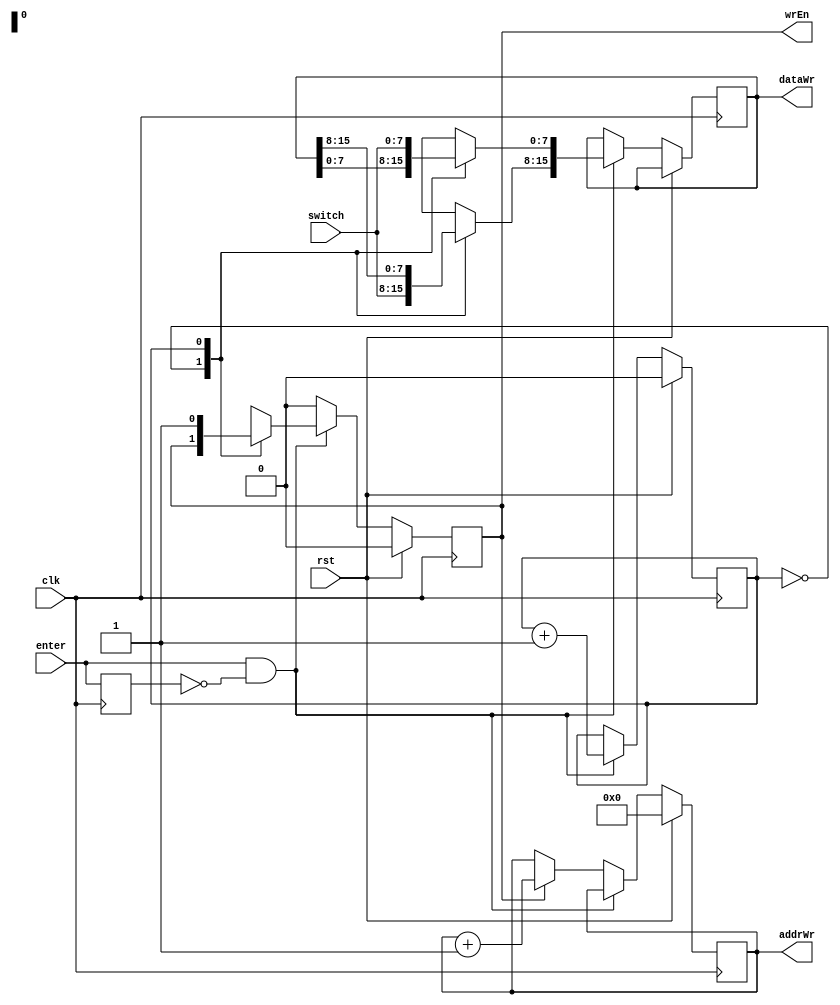
module progLogic(clk, rst, switch, enter, addrWr, dataWr, wrEn);
input clk,rst,enter;
input [7:0] switch;
output reg [7:0] addrWr;
output reg [15:0] dataWr;
output reg wrEn;

reg enterPrev, wrEnNxt;
reg state, stateNxt;
reg [7:0] addrWrNxt;
reg [15:0] dataWrNxt;

assign posEnter = enter && !enterPrev;

always@(posedge clk) begin
	enterPrev <= #1 enter;
	state <= #1 stateNxt;
	dataWr <= #1 dataWrNxt;
	addrWr <= #1 addrWrNxt;
	wrEn <= #1 wrEnNxt;
end

always@* begin
	dataWrNxt = dataWr;
	stateNxt = state;
	addrWrNxt = addrWr;
	wrEnNxt = wrEn;
	if(rst) begin
		stateNxt = 0;
		addrWrNxt = 0; //INITIAL ADDRESS LOCATION
		wrEnNxt = 0;
	end
	else if(posEnter) begin
		stateNxt = state+1;
		case(state)
			0: dataWrNxt[15:8] = switch;
			1: begin
				dataWrNxt[7:0] = switch;
				wrEnNxt = 1;
			end
		endcase
	end
	else if(wrEn) begin
		addrWrNxt = addrWr +1;
		wrEnNxt = 0;
	end
end
endmodule